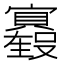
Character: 𫴢